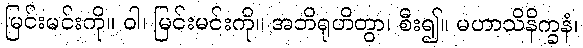
မြင်းမင်းကို။ ဝါ၊ မြင်းမင်းကို။ အဘိရုဟိတွာ၊ စီး၍။ မဟာသိနိက္ခနံ၊